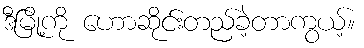
ဒီမြို့ကို ဟောဆိုင်းတည်ခဲ့တာကွယ့်။